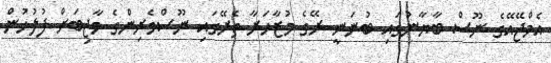
އެމްޖޭއޭގެ ނޫސް ބާޔާނުގައި ބުނަނީ ރޭގެ މުޒާހަރާ ތެރޭގައި ނޫސްވެރިންގެ ވާޖިބަށް ފުލުހުން